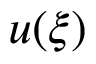
u ( \xi )